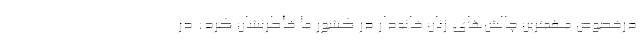
درخصوص مهمترین چالش‌های زنان خانه‌دار در کشور ما خاطرنشان کرد: در